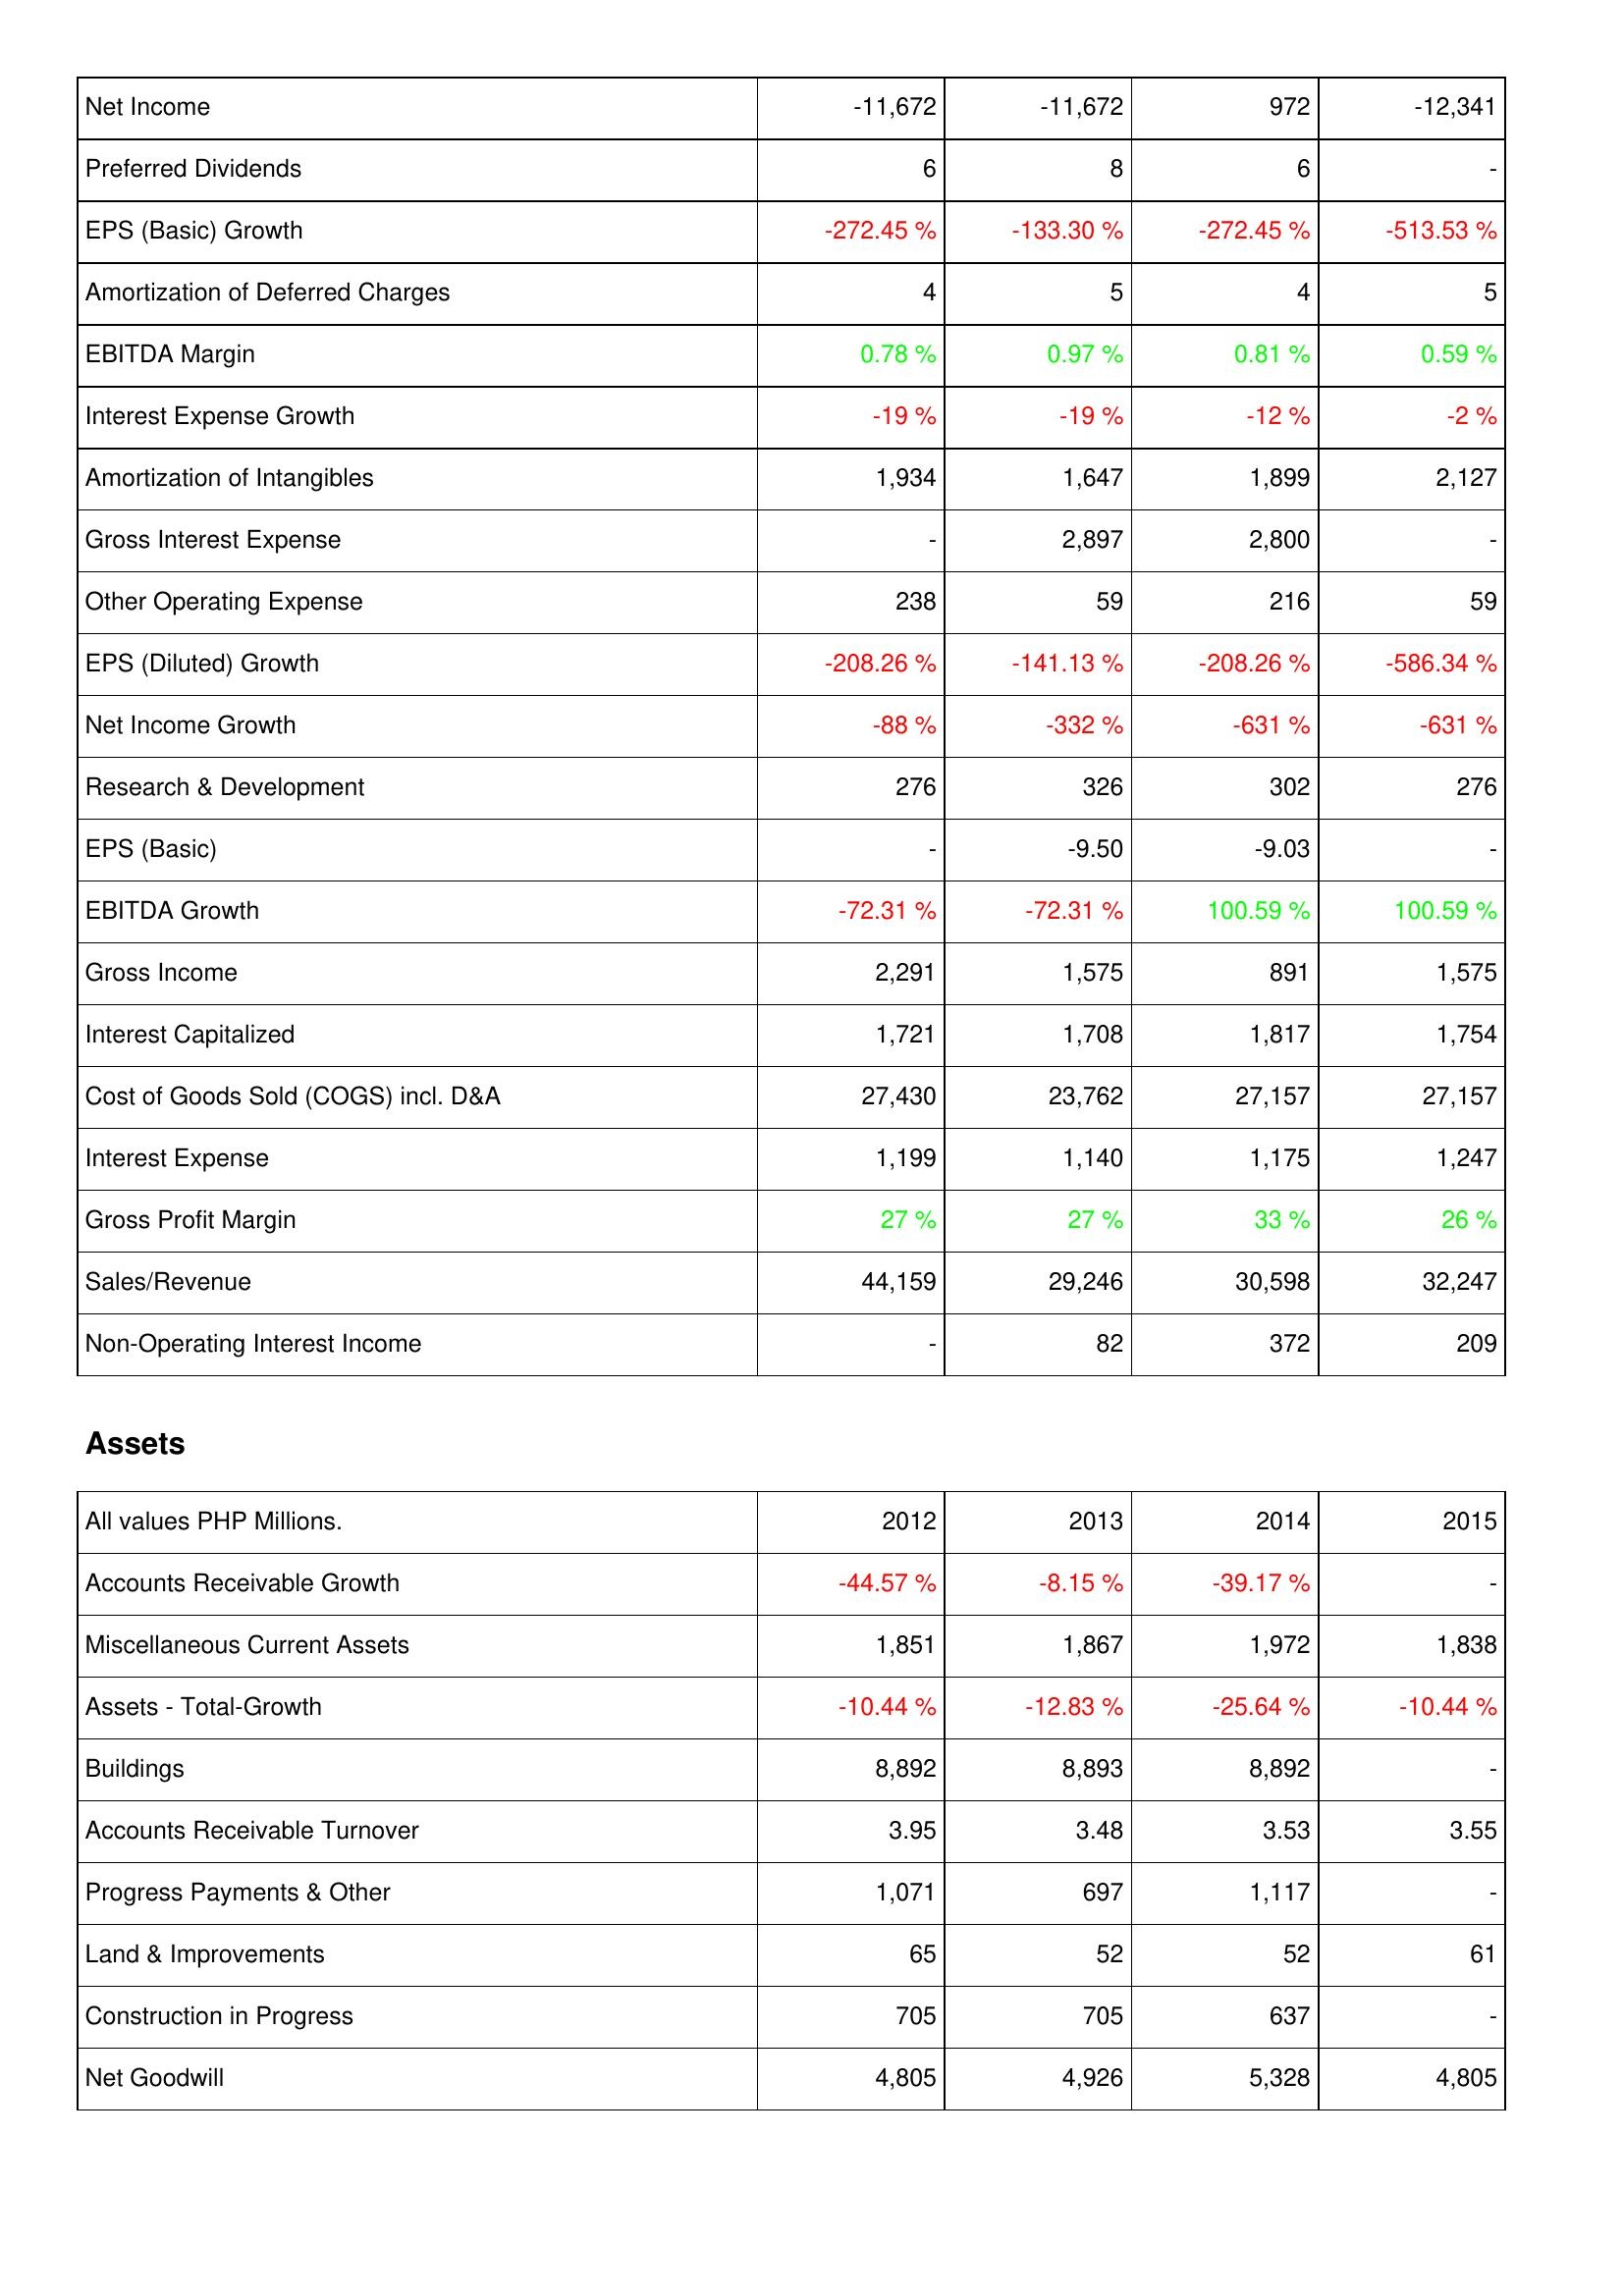
2012: Income Statement: Net Income: -11,672
Preferred Dividends: 6
EPS (Basic) Growth: -272.45 %
Amortization of Deferred Charges: 4
EBITDA Margin: 0.78 %
Interest Expense Growth: -19 %
Amortization of Intangibles: 1,934
Gross Interest Expense: -
Other Operating Expense: 238
EPS (Diluted) Growth: -208.26 %
Net Income Growth: -88 %
Research & Development: 276
EPS (Basic): -
EBITDA Growth: -72.31 %
Gross Income: 2,291
Interest Capitalized: 1,721
Cost of Goods Sold (COGS) incl. D&A: 27,430
Interest Expense: 1,199
Gross Profit Margin: 27 %
Sales/Revenue: 44,159
Non-Operating Interest Income: -
Assets: Accounts Receivable Growth: -44.57 %
Miscellaneous Current Assets: 1,851
Assets - Total-Growth: -10.44 %
Buildings: 8,892
Accounts Receivable Turnover: 3.95
Progress Payments & Other: 1,071
Land & Improvements: 65
Construction in Progress: 705
Net Goodwill: 4,805
2013: Income Statement: Net Income: -11,672
Preferred Dividends: 8
EPS (Basic) Growth: -133.30 %
Amortization of Deferred Charges: 5
EBITDA Margin: 0.97 %
Interest Expense Growth: -19 %
Amortization of Intangibles: 1,647
Gross Interest Expense: 2,897
Other Operating Expense: 59
EPS (Diluted) Growth: -141.13 %
Net Income Growth: -332 %
Research & Development: 326
EPS (Basic): -9.50
EBITDA Growth: -72.31 %
Gross Income: 1,575
Interest Capitalized: 1,708
Cost of Goods Sold (COGS) incl. D&A: 23,762
Interest Expense: 1,140
Gross Profit Margin: 27 %
Sales/Revenue: 29,246
Non-Operating Interest Income: 82
Assets: Accounts Receivable Growth: -8.15 %
Miscellaneous Current Assets: 1,867
Assets - Total-Growth: -12.83 %
Buildings: 8,893
Accounts Receivable Turnover: 3.48
Progress Payments & Other: 697
Land & Improvements: 52
Construction in Progress: 705
Net Goodwill: 4,926
2014: Income Statement: Net Income: 972
Preferred Dividends: 6
EPS (Basic) Growth: -272.45 %
Amortization of Deferred Charges: 4
EBITDA Margin: 0.81 %
Interest Expense Growth: -12 %
Amortization of Intangibles: 1,899
Gross Interest Expense: 2,800
Other Operating Expense: 216
EPS (Diluted) Growth: -208.26 %
Net Income Growth: -631 %
Research & Development: 302
EPS (Basic): -9.03
EBITDA Growth: 100.59 %
Gross Income: 891
Interest Capitalized: 1,817
Cost of Goods Sold (COGS) incl. D&A: 27,157
Interest Expense: 1,175
Gross Profit Margin: 33 %
Sales/Revenue: 30,598
Non-Operating Interest Income: 372
Assets: Accounts Receivable Growth: -39.17 %
Miscellaneous Current Assets: 1,972
Assets - Total-Growth: -25.64 %
Buildings: 8,892
Accounts Receivable Turnover: 3.53
Progress Payments & Other: 1,117
Land & Improvements: 52
Construction in Progress: 637
Net Goodwill: 5,328
2015: Income Statement: Net Income: -12,341
Preferred Dividends: -
EPS (Basic) Growth: -513.53 %
Amortization of Deferred Charges: 5
EBITDA Margin: 0.59 %
Interest Expense Growth: -2 %
Amortization of Intangibles: 2,127
Gross Interest Expense: -
Other Operating Expense: 59
EPS (Diluted) Growth: -586.34 %
Net Income Growth: -631 %
Research & Development: 276
EPS (Basic): -
EBITDA Growth: 100.59 %
Gross Income: 1,575
Interest Capitalized: 1,754
Cost of Goods Sold (COGS) incl. D&A: 27,157
Interest Expense: 1,247
Gross Profit Margin: 26 %
Sales/Revenue: 32,247
Non-Operating Interest Income: 209
Assets: Accounts Receivable Growth: -
Miscellaneous Current Assets: 1,838
Assets - Total-Growth: -10.44 %
Buildings: -
Accounts Receivable Turnover: 3.55
Progress Payments & Other: -
Land & Improvements: 61
Construction in Progress: -
Net Goodwill: 4,805